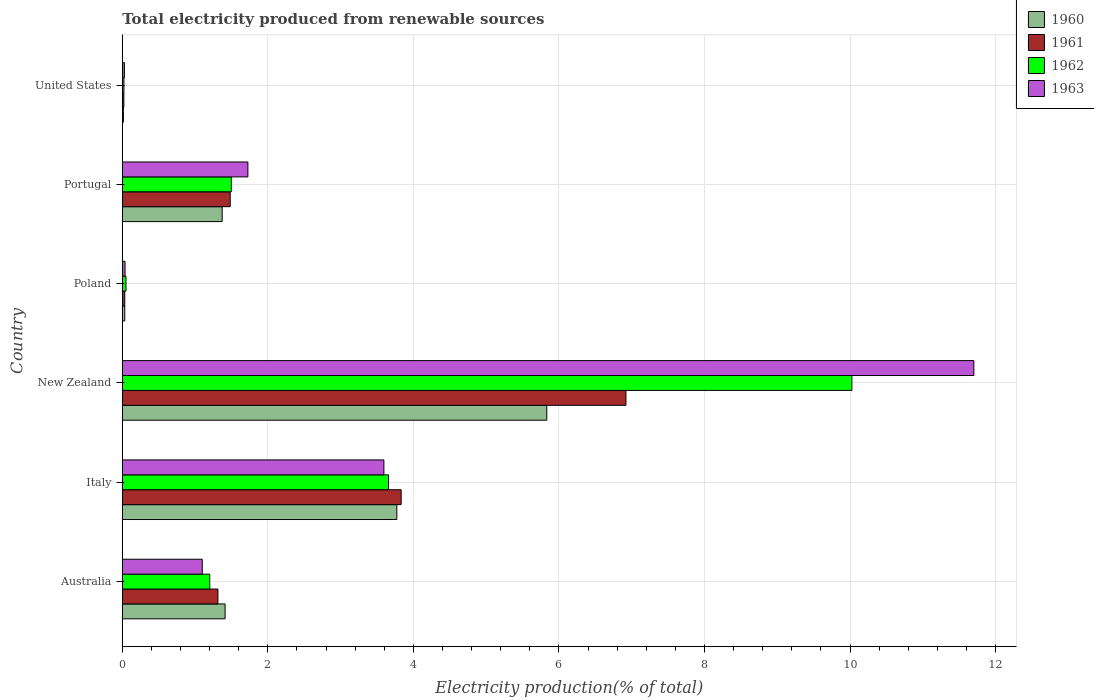
| Country | 1960 | 1961 | 1962 | 1963 |
 | --- | --- | --- | --- | --- |
 | Australia | 1.41 | 1.31 | 1.2 | 1.1 |
 | Italy | 3.77 | 3.83 | 3.66 | 3.59 |
 | New Zealand | 5.83 | 6.92 | 10 | 11.7 |
 | Poland | 0.0342 | 0.0341 | 0.0509 | 0.0379 |
 | Portugal | 1.37 | 1.48 | 1.5 | 1.73 |
 | United States | 0.0153 | 0.0215 | 0.0228 | 0.0294 |